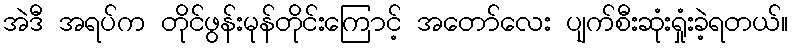
အဲဒီ အရပ်က တိုင်ဖွန်းမုန်တိုင်းကြောင့် အတော်လေး ပျက်စီးဆုံးရှုံးခဲ့ရတယ်။